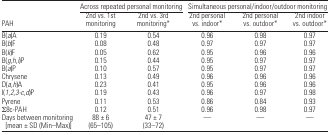
<table><thead><tr><td></td><td colspan="2"><b>Across repeated personal monitoring</b></td><td colspan="3"><b>Simultaneous personal/indoor/outdoor monitoring</b></td></tr><tr><td><b>PAH</b></td><td><b>2nd vs. 1st monitoring</b></td><td><b>2nd vs. 3rd monitoring*</b></td><td><b>2nd personal vs. indoor*</b></td><td><b>2nd personal vs. outdoor*</b></td><td><b>2nd indoor vs. outdoor*</b></td></tr></thead><tbody><tr><td>B(<i>a</i>)A</td><td>0.19</td><td>0.54</td><td>0.96</td><td>0.98</td><td>0.97</td></tr><tr><td>B(<i>b</i>)F</td><td>0.08</td><td>0.48</td><td>0.97</td><td>0.97</td><td>0.97</td></tr><tr><td>B(<i>k</i>)F</td><td>0.05</td><td>0.62</td><td>0.95</td><td>0.96</td><td>0.96</td></tr><tr><td>B(<i>g</i>,<i>h</i>,<i>i</i>)P</td><td>0.15</td><td>0.44</td><td>0.95</td><td>0.97</td><td>0.97</td></tr><tr><td>B(<i>a</i>)P</td><td>0.10</td><td>0.57</td><td>0.95</td><td>0.97</td><td>0.97</td></tr><tr><td>Chrysene</td><td>0.13</td><td>0.49</td><td>0.96</td><td>0.96</td><td>0.96</td></tr><tr><td>D(<i>a</i>,<i>h</i>)A</td><td>0.23</td><td>0.41</td><td>0.95</td><td>0.96</td><td>0.96</td></tr><tr><td>I(<i>1,2,3-c</i>,<i>d</i>)P</td><td>0.19</td><td>0.43</td><td>0.96</td><td>0.97</td><td>0.98</td></tr><tr><td>Pyrene</td><td>0.11</td><td>0.53</td><td>0.86</td><td>0.84</td><td>0.93</td></tr><tr><td>∑8c-PAH</td><td>0.12</td><td>0.51</td><td>0.96</td><td>0.98</td><td>0.97</td></tr><tr><td>Days between monitoring [mean ± SD (Min–Max)]</td><td>88 ± 6 (65–105)</td><td>47 ± 7 (33–72)</td><td>—</td><td>—</td><td>—</td></tr></tbody></table>